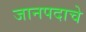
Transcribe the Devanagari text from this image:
जानपदाचे